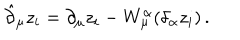
\hat { \partial } _ { \mu } z _ { i } = \partial _ { \mu } z _ { i } - W _ { \mu } ^ { \alpha } ( \delta _ { \alpha } z _ { i } ) \, .